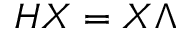
H X = X \Lambda